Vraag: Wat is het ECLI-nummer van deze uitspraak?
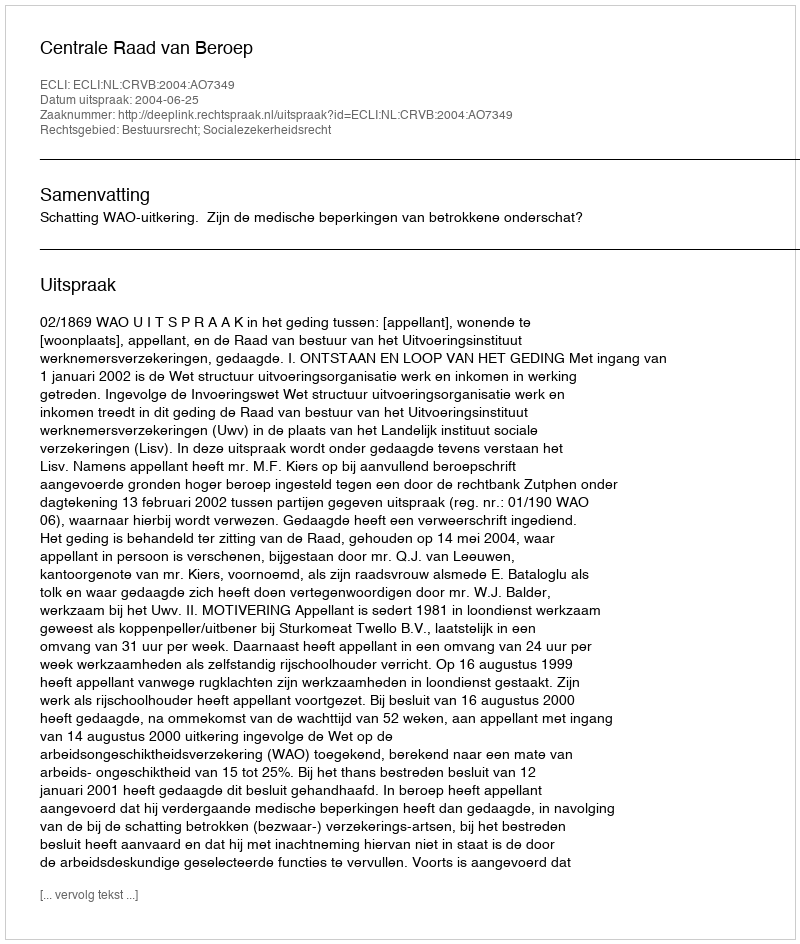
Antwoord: ECLI:NL:CRVB:2004:AO7349